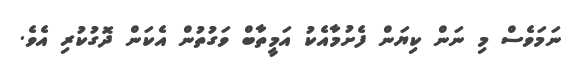
ނަމަވެސް މި ނަން ކިޔަން ފެށުމާއެކު އަމީތާބް ވަގުތުން އެކަން ދޮގުކުރި އެވެ.